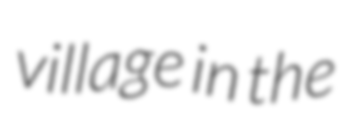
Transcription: village in the